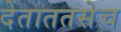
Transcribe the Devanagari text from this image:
देताततसेच